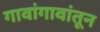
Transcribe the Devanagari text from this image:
गावांगावांतून